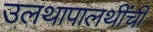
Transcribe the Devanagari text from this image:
उलथापालथींची